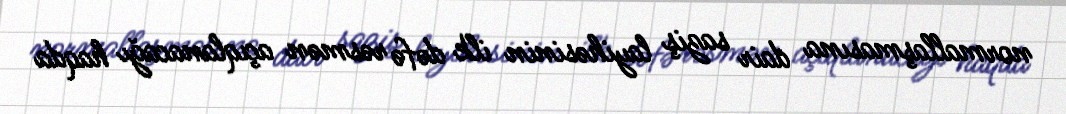
normallaşmasına dair saziş layihəsinin ilk dəfə rəsmən açıqlanacağı haqda